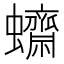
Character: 𧕚